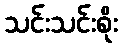
သင်းသင်းစိုး